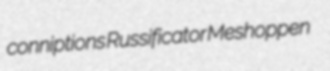
conniptions Russificator Meshoppen